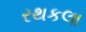
રથકલા